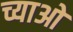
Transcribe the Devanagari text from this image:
च्याओ